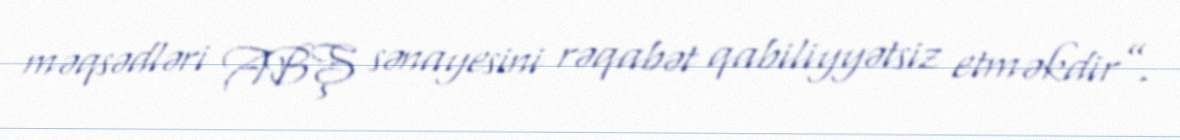
məqsədləri ABŞ sənayesini rəqabət qabiliyyətsiz etməkdir”.